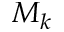
M _ { k }